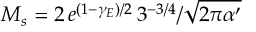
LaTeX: M _ { s } = { 2 \, e ^ { ( 1 - \gamma _ { E } ) / 2 } \, 3 ^ { - 3 / 4 } } / { \sqrt { 2 \pi \alpha ^ { \prime } } }